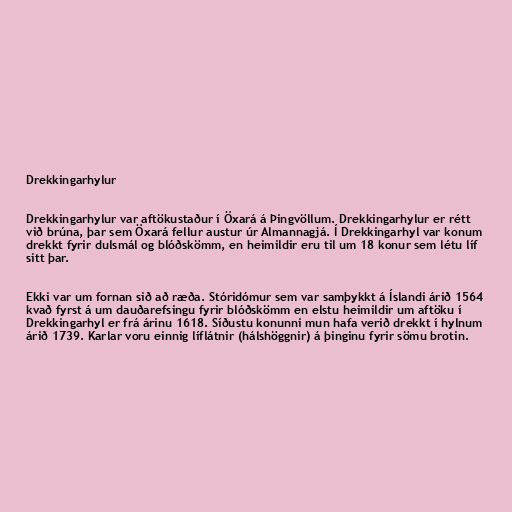
Drekkingarhylur

Drekkingarhylur var aftökustaður í Öxará á Þingvöllum. Drekkingarhylur er rétt
við brúna, þar sem Öxará fellur austur úr Almannagjá. Í Drekkingarhyl var konum
drekkt fyrir dulsmál og blóðskömm, en heimildir eru til um 18 konur sem létu líf
sitt þar.

Ekki var um fornan sið að ræða. Stóridómur sem var samþykkt á Íslandi árið 1564
kvað fyrst á um dauðarefsingu fyrir blóðskömm en elstu heimildir um aftöku í
Drekkingarhyl er frá árinu 1618. Síðustu konunni mun hafa verið drekkt í hylnum
árið 1739. Karlar voru einnig líflátnir (hálshöggnir) á þinginu fyrir sömu brotin.